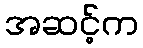
အဆင့်က